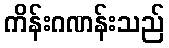
ကိန်းဂဏန်းသည်